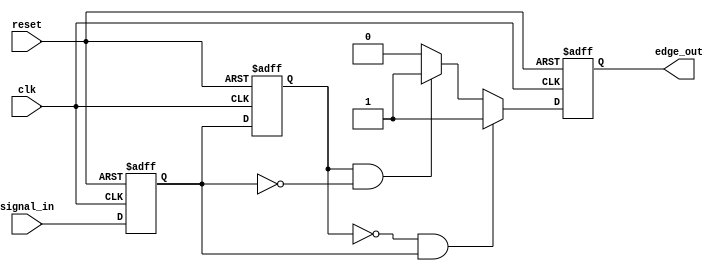
module SchmittTriggerEdgeDetector (
    input wire clk,             // Clock input
    input wire reset,           // Asynchronous reset
    input wire signal_in,       // Digital input signal
    output reg edge_out         // Edge detected output pulse
);

// Internal signals for the previous and current state
reg signal_prev; // Previous State Flip-Flop (PSFF)
reg signal_curr; // Current State Flip-Flop (CSFF)

// Edge detection logic
always @(posedge clk or posedge reset) begin
    if (reset) begin
        signal_prev <= 1'b0;
        signal_curr <= 1'b0;
        edge_out <= 1'b0;
    end else begin
        // Latch current state
        signal_prev <= signal_curr; // Store previous state
        signal_curr <= signal_in;    // Sample the input signal

        // Edge detection logic
        if (signal_prev == 1'b0 && signal_curr == 1'b1) begin
            // Rising edge detected
            edge_out <= 1'b1; // Generate output pulse for rising edge
        end else if (signal_prev == 1'b1 && signal_curr == 1'b0) begin
            // Falling edge detected
            edge_out <= 1'b1; // Generate output pulse for falling edge
        end else begin
            edge_out <= 1'b0; // No edge detected
        end
    end
end

endmodule